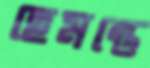
হেমন্তে